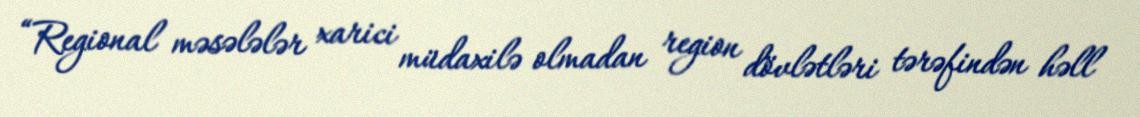
“Regional məsələlər xarici müdaxilə olmadan region dövlətləri tərəfindən həll